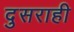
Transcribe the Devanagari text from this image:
दुसराही